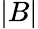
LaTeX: |B|